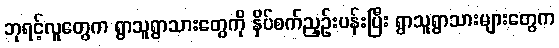
ဘုရင့်လူတွေက ရွာသူရွာသားတွေကို နှိပ်စက်ညှဉ်းပန်းပြီး ရွာသူရွာသားများတွေက